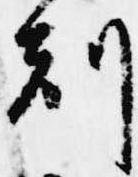
刻